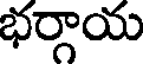
భర్గాయ